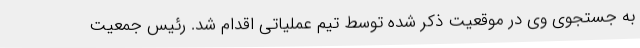
به جستجوی وی در موقعیت ذکر شده توسط تیم عملیاتی اقدام شد. رئیس جمعیت